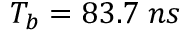
T _ { b } = 8 3 . 7 \; n s